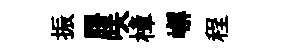
振膠咲樟嶰程